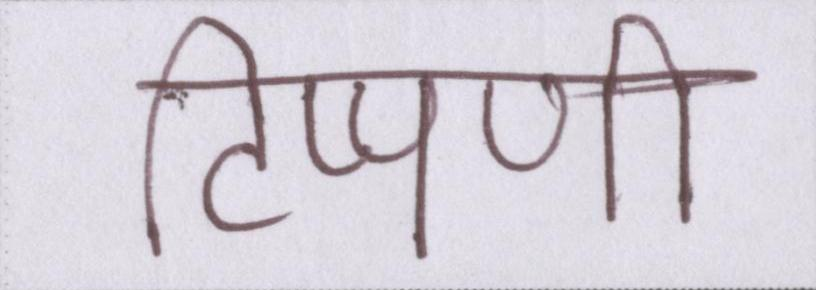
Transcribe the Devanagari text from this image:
टिप्पणी